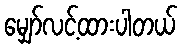
မျှော်လင့်ထားပါတယ်